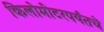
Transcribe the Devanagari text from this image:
किलोमीटरपर्यंतचे